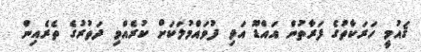
ޤައުމީ ހަރަކާތުގެ ފަރާތުން އައްޑޫ އަދި ފުވައްމުލަކަށް ކުރެއްވި ދަތުރުގެ ތެރެއިން